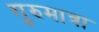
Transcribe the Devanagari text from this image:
गुरुमात्रा